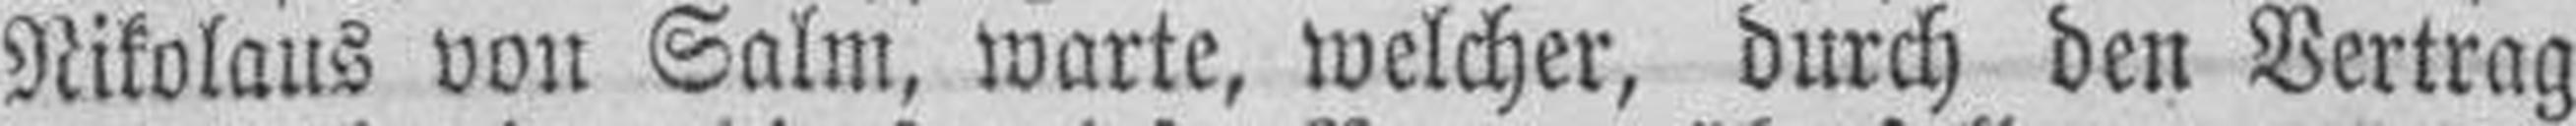
Nikolaus von Salm, warte, welcher, durch den Vertrag